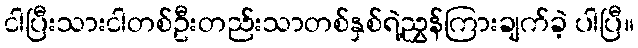
ငါပြီးသားငါတစ်ဦးတည်းသာတစ်နှစ်ရဲ့ညွှန်ကြားချက်ခဲ့ ပါပြီ။